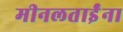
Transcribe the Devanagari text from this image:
मीनलताईंना